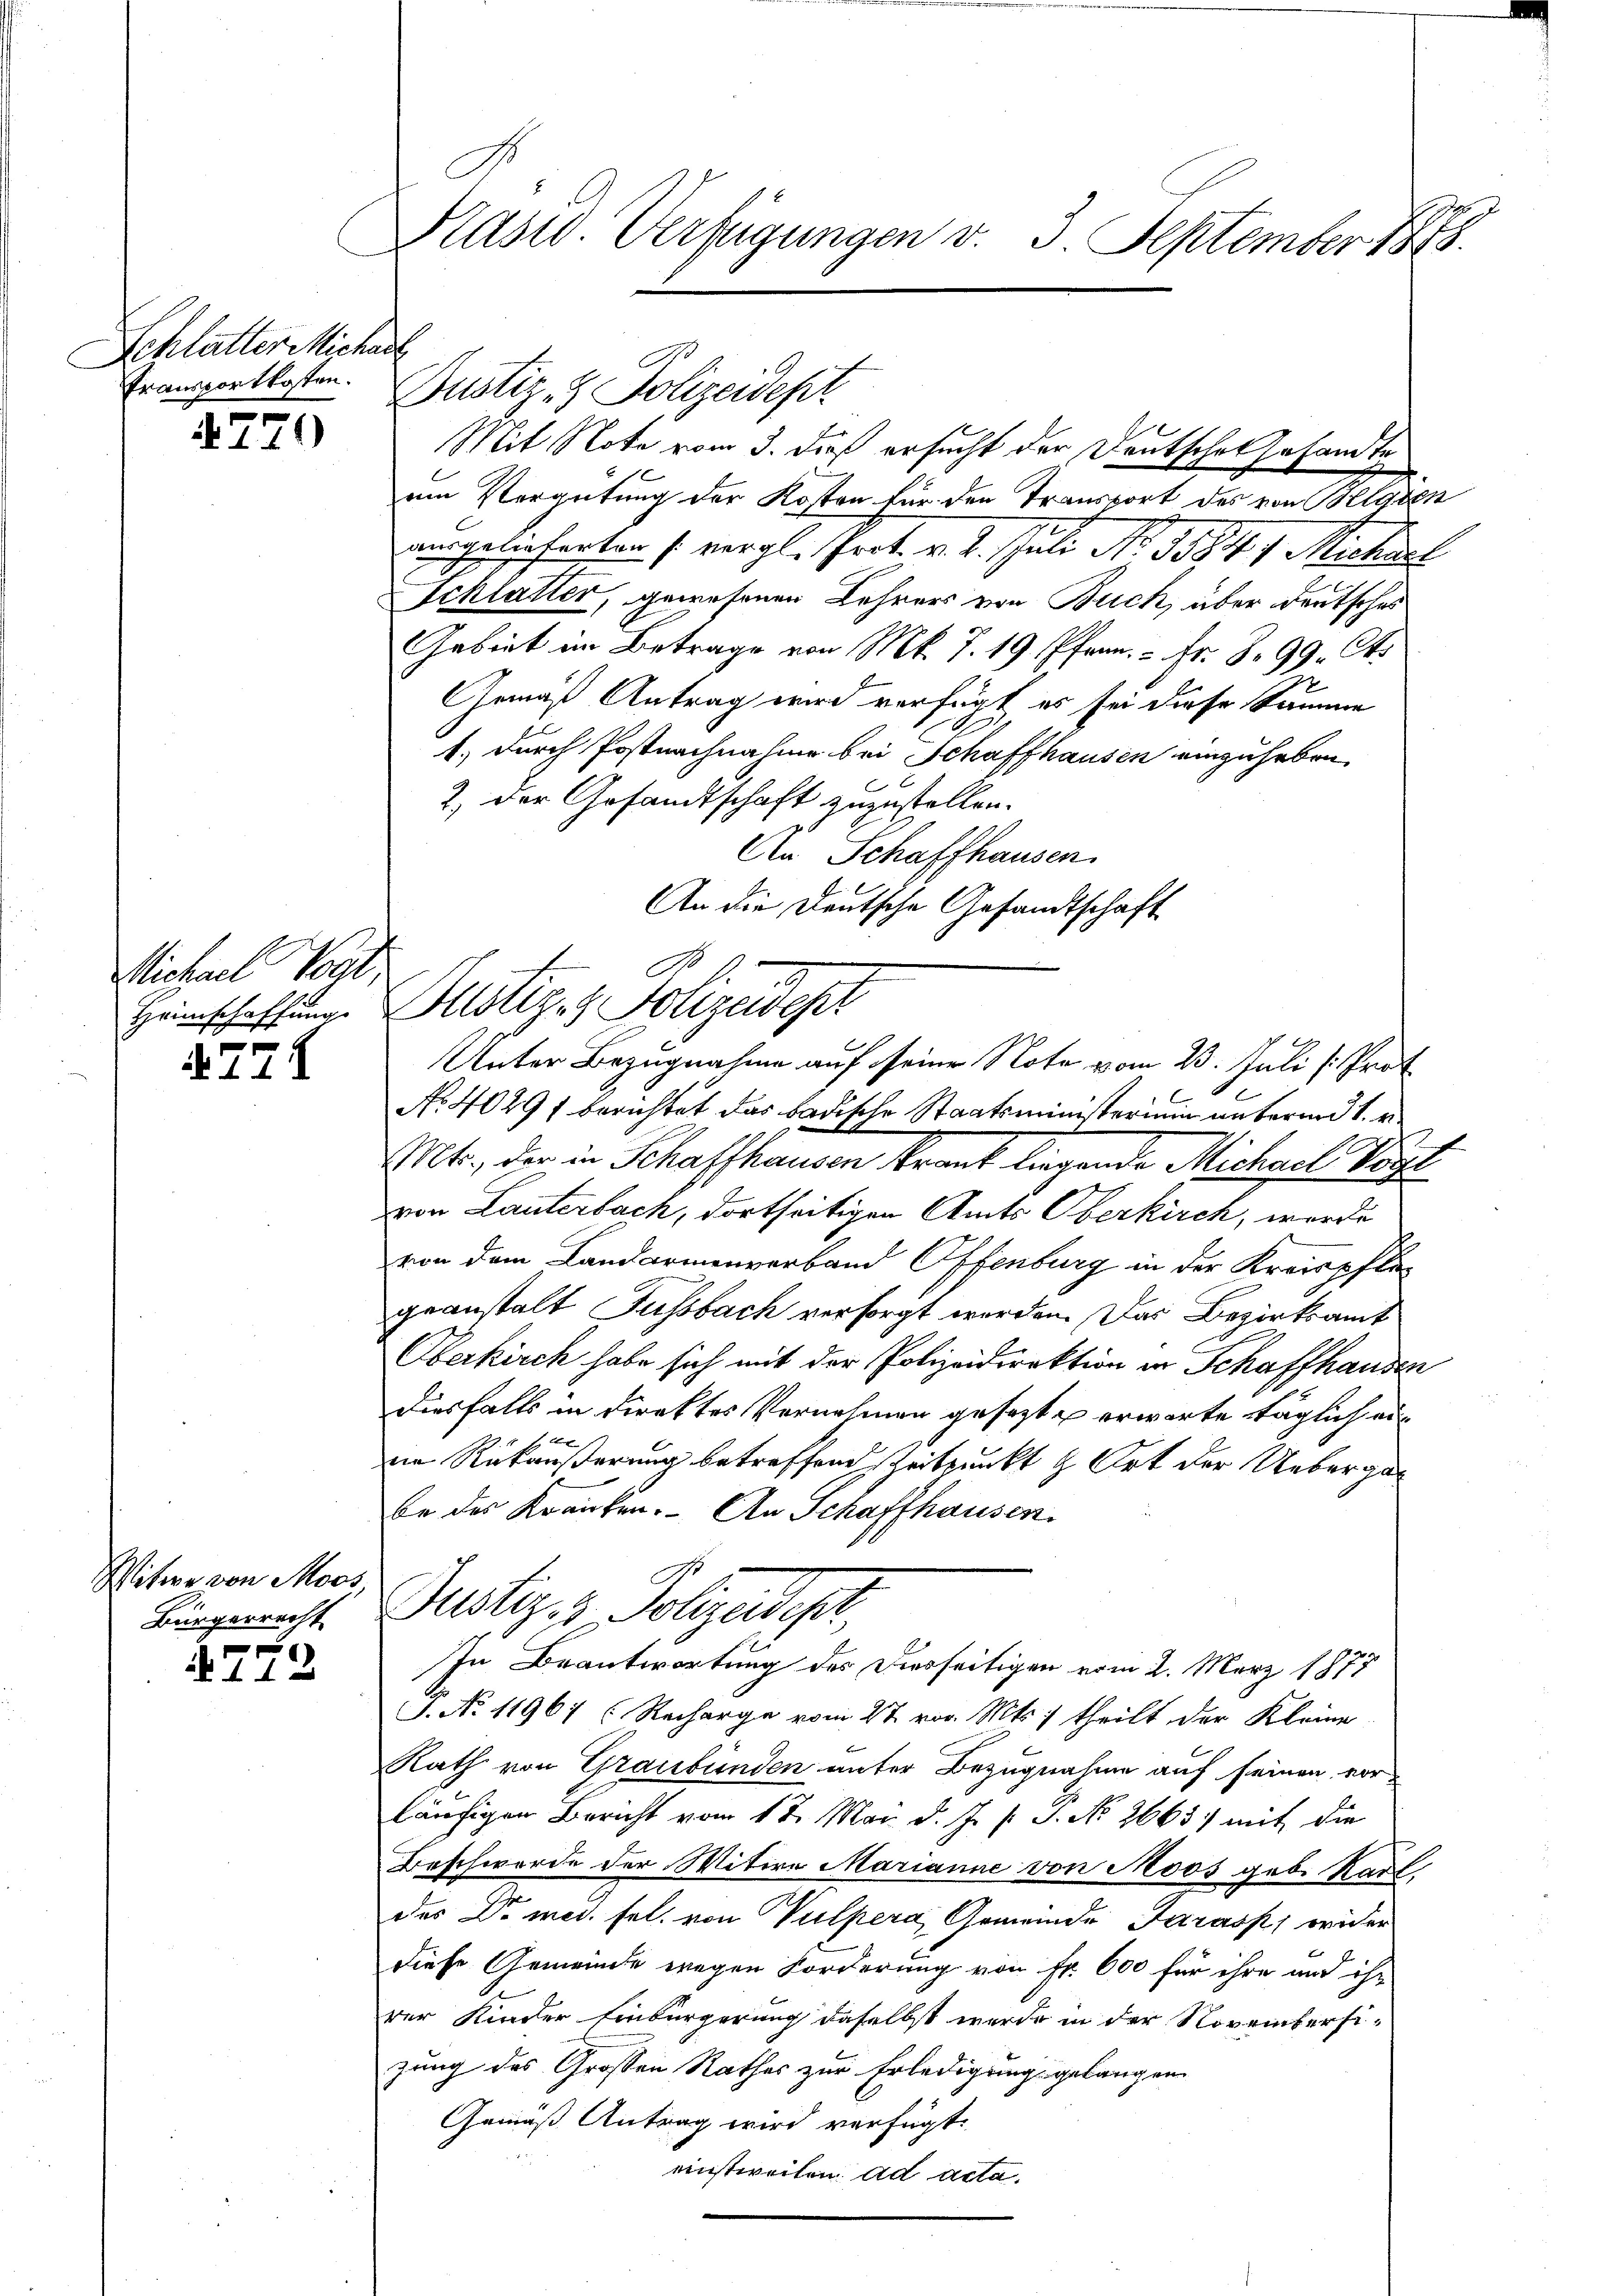
Schlatter Michael
Transportkosten.

770

Michael Kat
Heimschaffung

772

itwe von Moos
Bürgerrecht
f

11

Kasid. Verfügungen v. 3. September 188

Mit Note vom 3. dieß ersucht der Deutschon gesandten
um Vergütung der Koten für den Transport des von Belgien
amgelieferten (vergl. Prot. v. 2. Juli No 1384 f Michael
Schlatter, gewesenen Lehrers von Buch, über Deutsches
Gabirt im Betrage von Mk. J. 19. Pfarr. - Fr. 8. 99. Ok
Gemäß Antrag wird verfügt es sei diese Summe
1., durch Postnachnahme bei Schaffhausen einzuheben.
2) der Gesandtschaft zuzustellen.
An Schaffhausen.
An die Deutsche Gesandtschaft
Bustiz- & Polizeides
s
No 4029 f berichtet das badische Staatsministerini unterm 1.
Mt., der in Schaffhausen Krank liegende Michael Vorge
von Lauterbach, dortseitigen Amts Oberkirch, worde
von dem Landarmenverband Offenburg in der Kreispflegeanstalt Fussbach versorgt werden. Das Bezirksamt
Oberkirch habe sich mit der Polizeidirektion in Schaffhausen
diesfalls in Direktes Vernehmen gesezt u erwarte täglich eixx
in Rükäußerung betreffend Reitpunkt & Ort der Uebergan
be der Krauten. An Schaffhausen.
Justiz- & Polizendepr
In Beantwortung des Diesseitigen vom 2. März 1877
S. No 11967 (Recharge vom 27. vor. Mts. theilt der Kleine
Rath von Graubünden unter Bezugnahme auf seinen vorläufigen Bericht vom 12. Mai d. J. s. S. No. 2665) mit die
Beschwerde der Witwe Marianne von Moos gebe Karl.
des Dr. med. sel. von Vulpera, Gemeinde Farass, wider
diese Gemeinde wegen Forderung von Fr. 600 für ihre und ihr
rer Kinder Einbürgerung daselbst werde in der Novembersi-
zung des Grossen Rathes zur Erledigung gelangen
Gemäß Antrag wird verfügt:
einstweiten ad acta.

Justiz- & Polizeidepr

A
Unter Bezugnahme auf seine Note vom 23. Juli [Prot